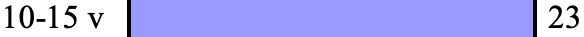
10-15 v           23